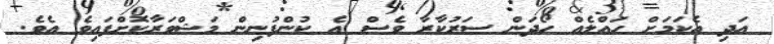
އަދި އެކަމަށް ހައްލެއް ހޯދަން ސަރުކާރާ ވެސް އެ ކުންފުނިން މަޝްވަރާކޮށްފައިވެ އެވެ.